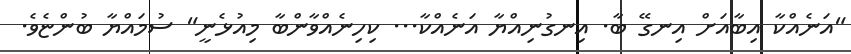
"އަނެއްކާ އިބާއަށް އިނގޭ ބާ. އިނގުނިއްޔާ އަނެއްކާ... ކިހިނެއްވާންބާ މިއުޅެނީ" ސުމައްޔާ ބުންޏެވެ.